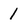
Character: 1